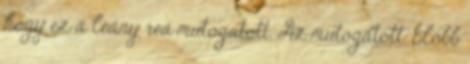
hogy ez a leány reá mutogatott. Az mutogatott. Előbb